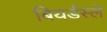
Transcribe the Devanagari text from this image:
बियर्डस्ले